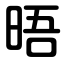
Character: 晤